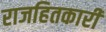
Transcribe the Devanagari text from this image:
राजहितकारी